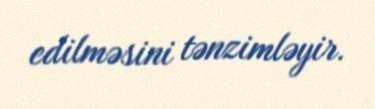
edilməsini tənzimləyir.